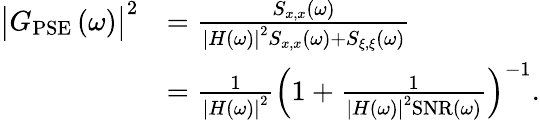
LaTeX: \begin{array}{r}{\begin{array}{rl}{\bigl|G_{\mathrm{PSE}}\left(\omega\right)\bigr|^{2}}&{=\frac{S_{x,x}\left(\omega\right)}{\left|H\left(\omega\right)\right|^{2}S_{x,x}\left(\omega\right)+S_{\xi,\xi}\left(\omega\right)}}\\ &{=\frac{1}{\left|H\left(\omega\right)\right|^{2}}\left(1+\frac{1}{\left|H\left(\omega\right)\right|^{2}\mathrm{SNR}\left(\omega\right)}\right)^{-1}.}\end{array}}\end{array}